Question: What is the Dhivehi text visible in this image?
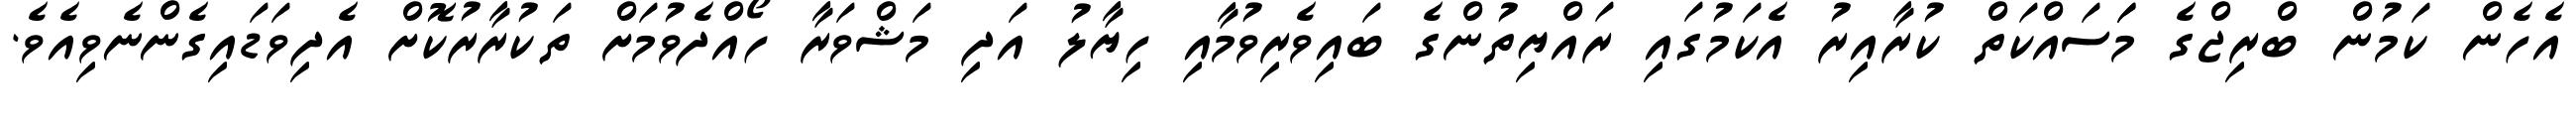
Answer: އެހެން ކަމުން ބްރިޖްގެ މަަސައްކަތް ކުރާއިރު އެކަމުގައި ރައްޔިތުންގެ ބައިވެރިވުމާއި ހިޔާލު އަދި މަޝްވަރާ ހޯއްދެވުމަށް ތަކުރާރުކޮށް އެދިވަޑައިގެންނެވިއެވެ.